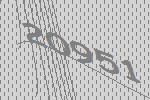
20951